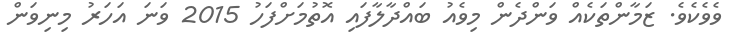
ވެވެކެވެ. ޒަމާންތަކެއް ވަންދެން މިވެއު ބައްދާލާފައި އޮތުމަށްފަހު 2015 ވަނަ އަހަރު މިނިވަން